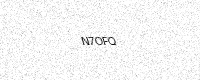
Text: N7OFQ